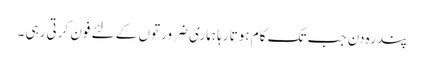
پندرہ دن جب تک کام ہوتا رہا ہماری ضرورتوں کے لئے فون کرتی رہی ۔